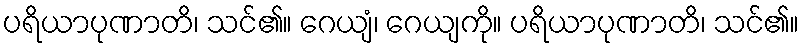
ပရိယာပုဏာတိ၊ သင်၏။ ဂေယျံ၊ ဂေယျကို။ ပရိယာပုဏာတိ၊ သင်၏။